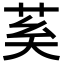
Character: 𦮐